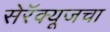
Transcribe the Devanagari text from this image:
सेरॅक्यूजचा